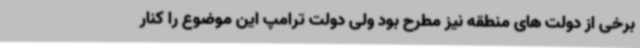
برخی از دولت های منطقه نیز مطرح بود ولی دولت ترامپ این موضوع را کنار